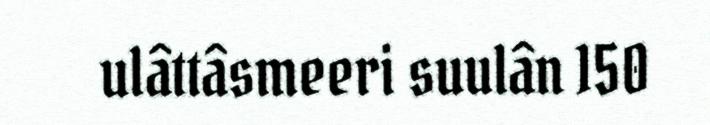
ulâttâsmeeri suulân 150